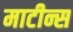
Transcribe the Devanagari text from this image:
माटीन्स